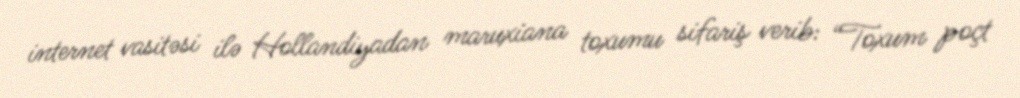
internet vasitəsi ilə Hollandiyadan maruxiana toxumu sifariş verib: “Toxum poçt